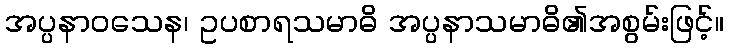
အပ္ပနာဝသေန၊ ဥပစာရသမာဓိ အပ္ပနာသမာဓိ၏အစွမ်းဖြင့်။